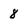
Character: 8